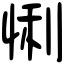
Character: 悧